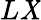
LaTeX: L\mathit{X}